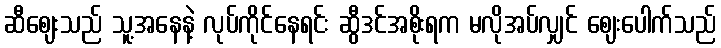
ဆီဈေးသည် သူ့အနေနဲ့ လုပ်ကိုင်နေရင်း ဆွီဒင်အစိုးရက မလိုအပ်လျှင် ဈေးပေါက်သည်